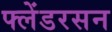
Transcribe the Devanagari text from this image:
फ्लेंडरसन